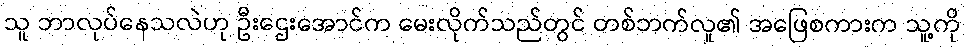
သူ ဘာလုပ်နေသလဲဟု ဦးဌေးအောင်က မေးလိုက်သည်တွင် တစ်ဘက်လူ၏ အဖြေစကားက သူ့ကို